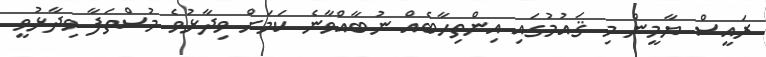
ރައީސް ޔާމީން މި ޤައުމުގައި އިންތިހާބެއް ނުބާއްވާނެ ކަމަށް ވިދާޅުވެ މުސްތަފާ ވިދާޅުވީ